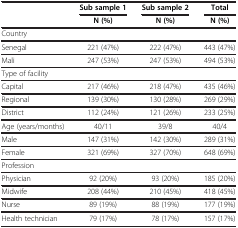
<table><thead><tr><td rowspan="2"><b> </b></td><td><b>Sub sample 1</b></td><td><b>Sub sample 2</b></td><td><b>Total</b></td></tr><tr><td><b>N (%)</b></td><td><b>N (%)</b></td><td><b>N (%)</b></td></tr></thead><tbody><tr><td>Country</td><td> </td><td> </td><td> </td></tr><tr><td>Senegal</td><td>221 (47%)</td><td>222 (47%)</td><td>443 (47%)</td></tr><tr><td>Mali</td><td>247 (53%)</td><td>247 (53%)</td><td>494 (53%)</td></tr><tr><td>Type of facility</td><td> </td><td> </td><td> </td></tr><tr><td>Capital</td><td>217 (46%)</td><td>218 (47%)</td><td>435 (46%)</td></tr><tr><td>Regional</td><td>139 (30%)</td><td>130 (28%)</td><td>269 (29%)</td></tr><tr><td>District</td><td>112 (24%)</td><td>121 (26%)</td><td>233 (25%)</td></tr><tr><td>Age (years/months)</td><td>40/11</td><td>39/8</td><td>40/4</td></tr><tr><td>Male</td><td>147 (31%)</td><td>142 (30%)</td><td>289 (31%)</td></tr><tr><td>Female</td><td>321 (69%)</td><td>327 (70%)</td><td>648 (69%)</td></tr><tr><td>Profession</td><td> </td><td> </td><td> </td></tr><tr><td>Physician</td><td>92 (20%)</td><td>93 (20%)</td><td>185 (20%)</td></tr><tr><td>Midwife</td><td>208 (44%)</td><td>210 (45%)</td><td>418 (45%)</td></tr><tr><td>Nurse</td><td>89 (19%)</td><td>88 (19%)</td><td>177 (19%)</td></tr><tr><td>Health technician</td><td>79 (17%)</td><td>78 (17%)</td><td>157 (17%)</td></tr></tbody></table>